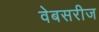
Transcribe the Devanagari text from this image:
वेबसरीज